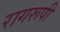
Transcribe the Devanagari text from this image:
रागरूपी